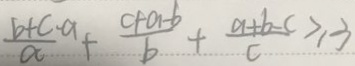
\frac { b + c - a } { a } + \frac { c + a - b } { b } + \frac { a + b - c } { c } \geq 3